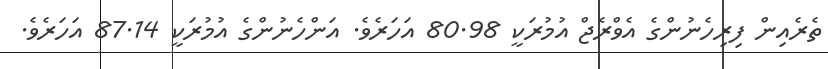
ތެރެއިން ފިރިހެނުންގެ އެވްރެޖް އުމުރަކީ 80.98 އަހަރެވެ. އަންހެނުންގެ އުމުރަކީ 87.14 އަހަރެވެ.